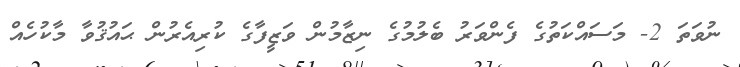
ނުވަތަ 2- މަސައްކަތުގެ ފެންވަރު ބެލުމުގެ ނިޒާމުން ވަޒީފާގެ ކުރިއެރުން ޙައުޤުވާ މާކުހެއް